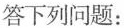
答下列问题：